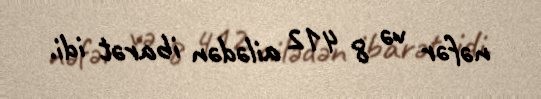
nəfər və 8 412 ailədən ibarət idi.